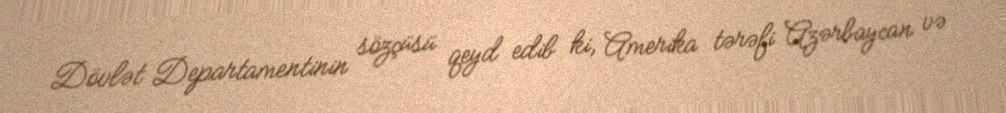
Dövlət Departamentinin sözçüsü qeyd edib ki, Amerika tərəfi Azərbaycan və